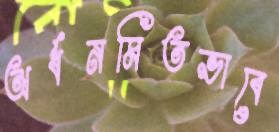
অর্ধনমিতভাবে